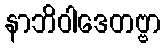
နာဘိဝါဒေတဗ္ဗာ